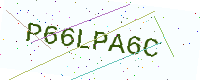
Text: P66LPA6C